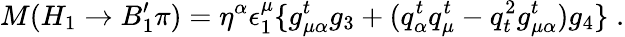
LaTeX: M(H_{1}\to B_{1}^{\prime}\pi)=\eta^{\alpha}\epsilon_{1}^{\mu}\{ g_{\mu\alpha}^{t}g_{3}+(q_{\alpha}^{t}q_{\mu}^{t}-q_{t}^{2}g_{\mu\alpha}^{t})g_{4}\} \; .